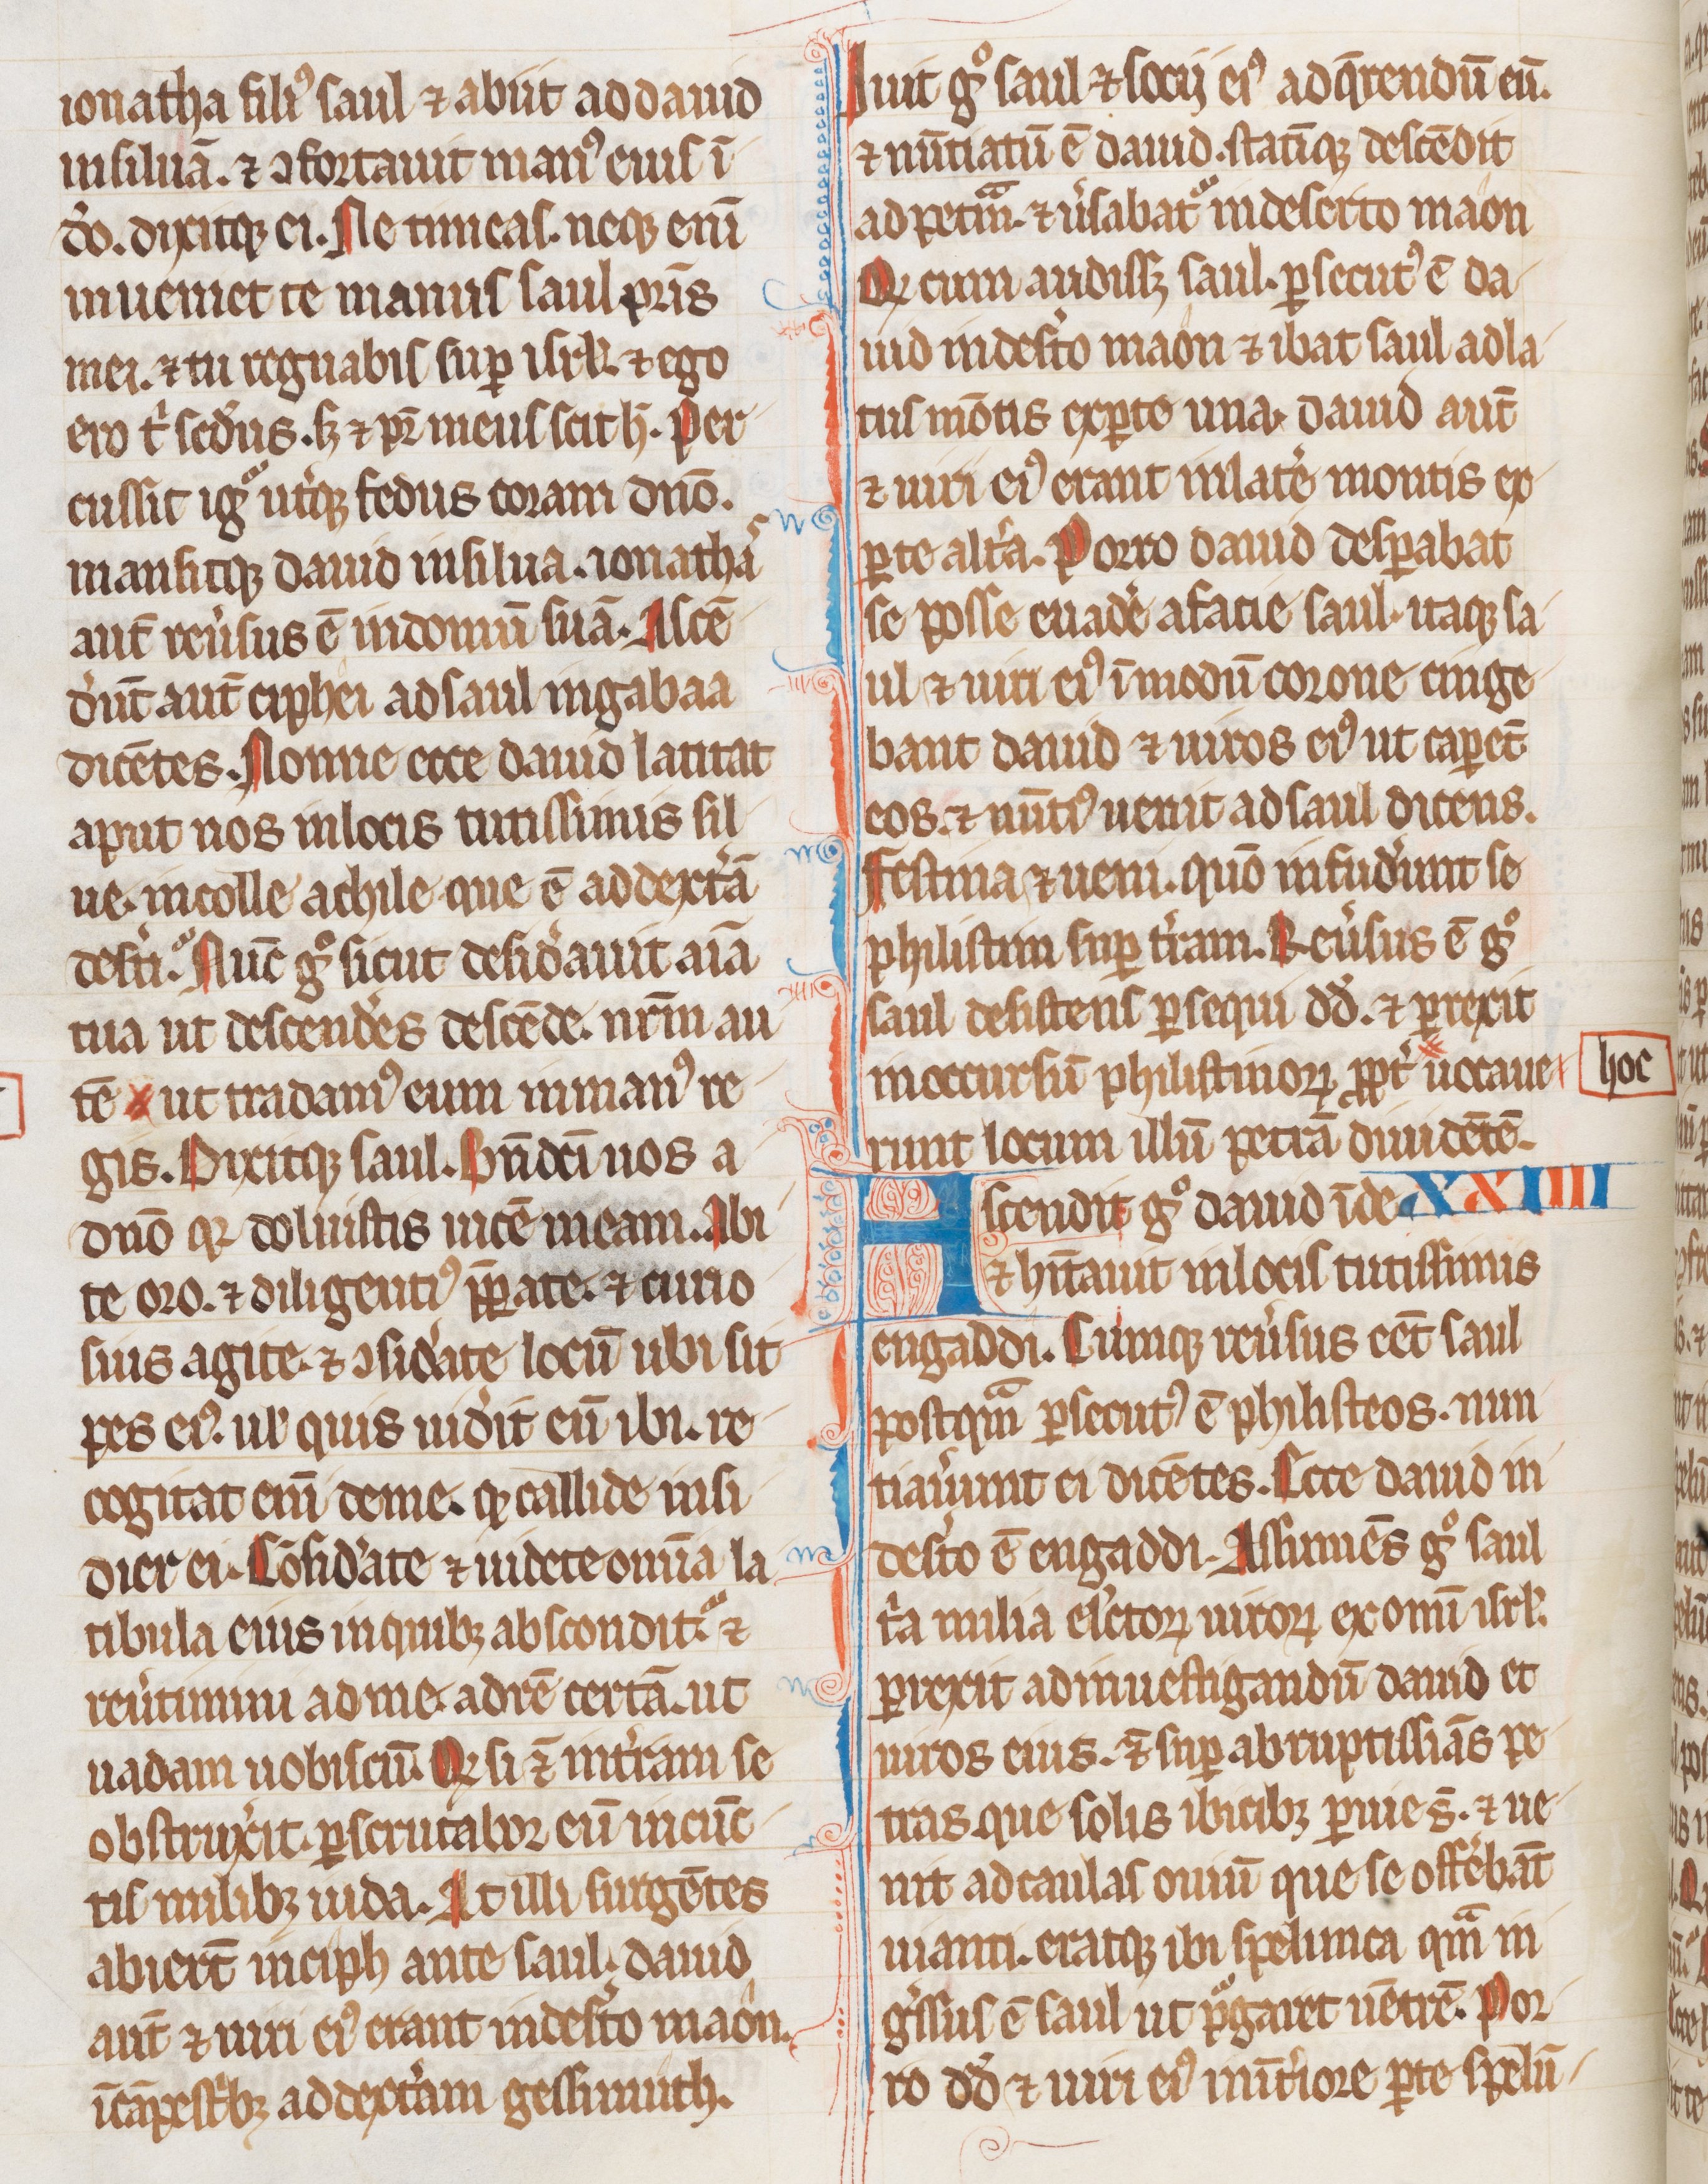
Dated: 1255–1285